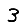
Digit: 3